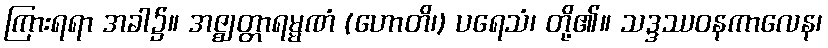
ကြားရရာ အခါ၌။ အဇ္ဈတ္တာရမ္မဏံ (ဟောတိ၊) ပရေသံ၊ တို့၏။ သဒ္ဒဿဝနကာလေန၊